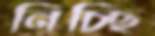
নিচ্ছি